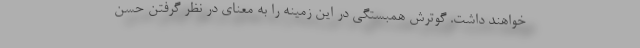
خواهند داشت. گوترش همبستگی در این زمینه را به معنای در نظر گرفتن حسن